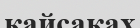
кайсаках